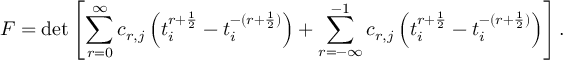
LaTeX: { \cal F } = \operatorname * { d e t } \left[ \sum _ { r = 0 } ^ { \infty } c _ { r , j } \left( t _ { i } ^ { r + \frac { 1 } { 2 } } - t _ { i } ^ { - ( r + \frac { 1 } { 2 } ) } \right) + \sum _ { r = - \infty } ^ { - 1 } c _ { r , j } \left( t _ { i } ^ { r + \frac { 1 } { 2 } } - t _ { i } ^ { - ( r + \frac { 1 } { 2 } ) } \right) \right] .